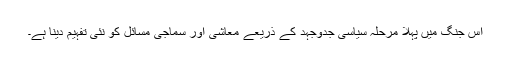
اس جنگ میں پہلا مرحلہ سیاسی جدوجہد کے ذریعے معاشی اور سماجی مسائل کو نئی تفہیم دینا ہے۔